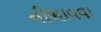
નીભાવવા